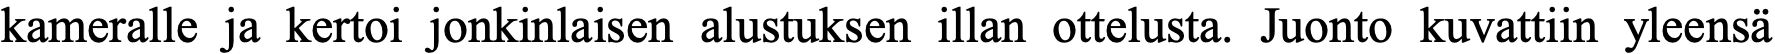
kameralle ja kertoi jonkinlaisen alustuksen illan ottelusta. Juonto kuvattiin yleensä